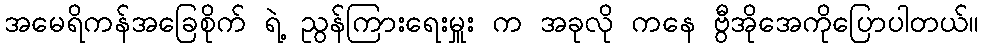
အမေရိကန်အခြေစိုက် ရဲ့ ညွန်ကြားရေးမှူး က အခုလို ကနေ ဗွီအိုအေကိုပြောပါတယ်။